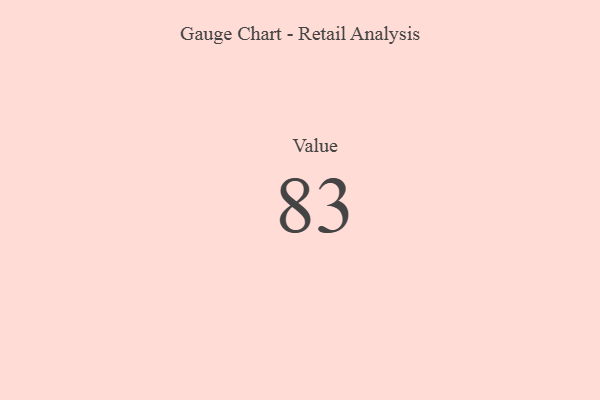
{"axis": {"x": "Metric", "y": "Value"}, "legend": [""], "data": [{"x": "Value", "y": 83, "type": ""}]}